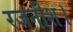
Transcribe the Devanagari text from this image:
रजनीश।